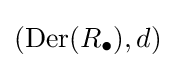
({\text{Der}}(R_{\bullet }),d)